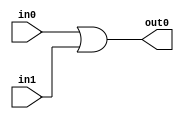
module OR(
    input wire in0,
    input wire in1,
    output wire out0
);

assign out0 = in0|in1;

endmodule